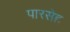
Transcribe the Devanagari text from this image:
पारसेह